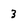
Character: 3